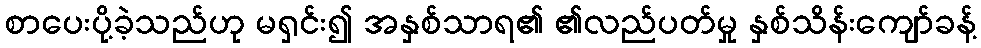
စာပေးပို့ခဲ့သည်ဟု မရှင်း၍ အနှစ်သာရ၏ ၏လည်ပတ်မှု နှစ်သိန်းကျော်ခန့်